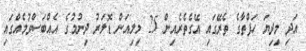
އަދި މިދިޔަ ހަފްތާގެ ތެރޭގައި އޭގެތެރެއިން 25 މިލިއަން ޑޮލަރު ދިނުމުގެ އެއްބަސްވުމެއްގައި